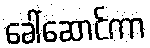
ခေါ်ဆောင်ကာ